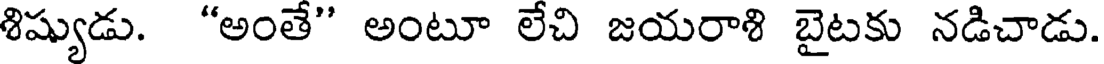
శిష్యుడు. "అంతే" అంటూ లేచి జయరాశి బైటకు నడిచాడు.